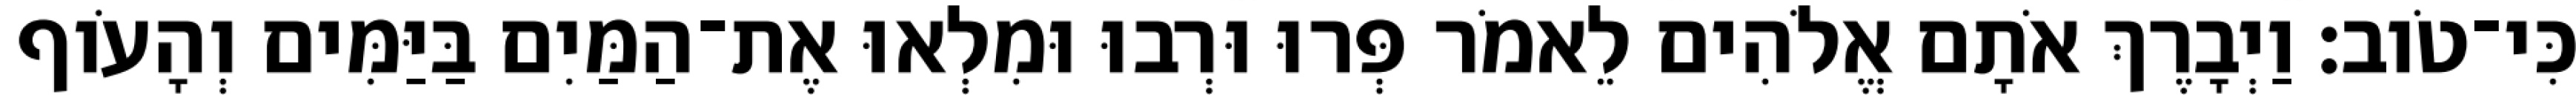
כִּי־טֹוב׃ וַיְבָרֶךְ אֹתָם אֱלֹהִים לֵאמֹר פְּרוּ וּרְבוּ וּמִלְאוּ אֶת־הַמַּיִם בַּיַּמִּים וְהָעֹוף